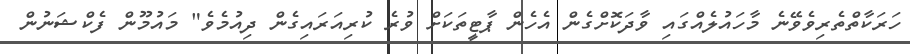
ހަރަކާތްތެރިވެވޭނެ މާހައުލެއްގައި ވާދަކޮށްގެން އެހެން ޕާޓީތަކަށް ވުރެ ކުރިއަރައިގެން ދިއުމެވެ" މައުމޫން ފެކްޝަނުން